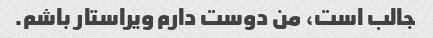
جالب است، من دوست دارم ویراستار باشم.